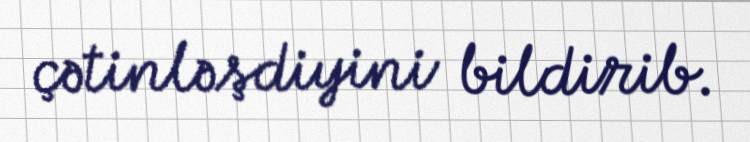
çətinləşdiyini bildirib.